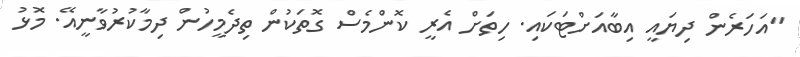
"އަހަރެން ދިޔައީ އިބާއަށްޓަކައި. ހިތަށް އެރީ ކޮންމެސް ގޮތަކުން ތިދެމީހުން ދިމާކުރުވާނީއޭ. މޮޅު